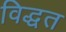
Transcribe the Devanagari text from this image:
विद्धत